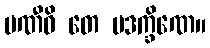
ပဏီဓိ တေ ပဒက္ခိဏေ။